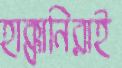
হাক্কানিরাই